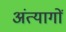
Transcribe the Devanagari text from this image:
अंत्यागों